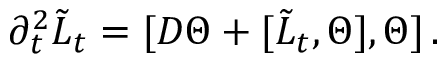
\partial _ { t } ^ { 2 } \tilde { L } _ { t } = [ D \Theta + [ \tilde { L } _ { t } , \Theta ] , \Theta ] \, .